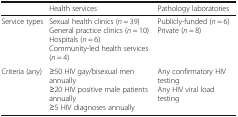
|  | Health services | Pathology laboratories |
 | --- | --- | --- |
 | Service types | Sexual health clinics (n = 39)General practice clinics (n = 10)Hospitals (n = 6)Community-led health services (n = 4) | Publicly-funded (n = 6)Private (n = 8) |
 | Criteria (any) | ≥50 HIV gay/bisexual men annually≥20 HIV positive male patients annually≥5 HIV diagnoses annually | Any confirmatory HIV testingAny HIV viral load testing |